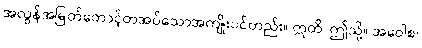
အလွန်အမြတ်တောင့်တအပ်သောအကျိုးပင်တည်း။ ဣတိ၊ ဤသို့။ အဝေါစ၊